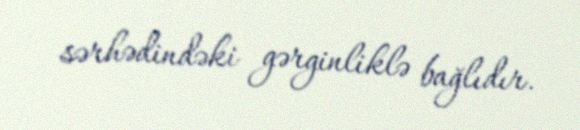
sərhədindəki gərginliklə bağlıdır.